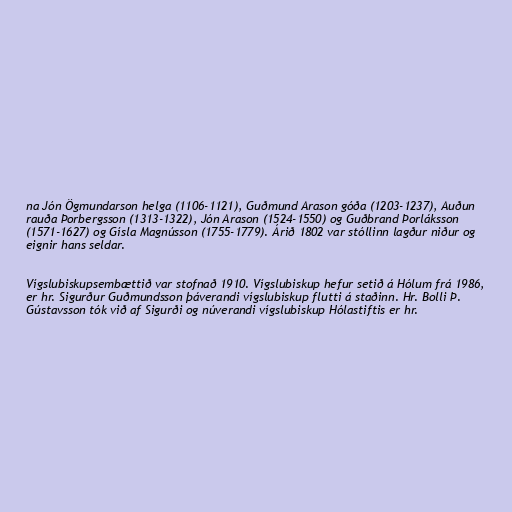
na Jón Ögmundarson helga (1106-1121), Guðmund Arason góða (1203-1237), Auðun
rauða Þorbergsson (1313-1322), Jón Arason (1524-1550) og Guðbrand Þorláksson
(1571-1627) og Gísla Magnússon (1755-1779). Árið 1802 var stóllinn lagður niður og
eignir hans seldar.

Vígslubiskupsembættið var stofnað 1910. Vígslubiskup hefur setið á Hólum frá 1986,
er hr. Sigurður Guðmundsson þáverandi vígslubiskup flutti á staðinn. Hr. Bolli Þ.
Gústavsson tók við af Sigurði og núverandi vígslubiskup Hólastiftis er hr.